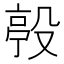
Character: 𣪢